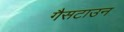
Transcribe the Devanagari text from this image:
गैसटाउन